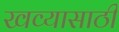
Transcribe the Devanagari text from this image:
खव्यासाठी